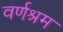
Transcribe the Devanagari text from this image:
वर्णश्रम